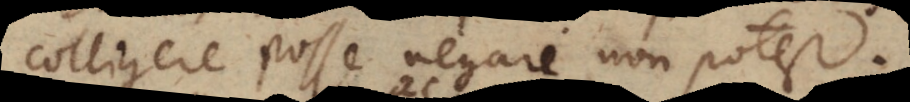
colligere posse negari non potest.